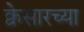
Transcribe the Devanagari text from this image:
क्वेसारच्या